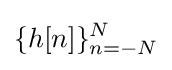
\{h[n]\}_{n=-N}^{N}